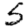
Digit: 5